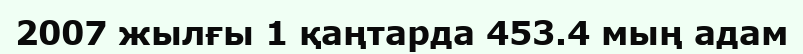
2007 жылғы 1 қаңтарда 453.4 мың адам